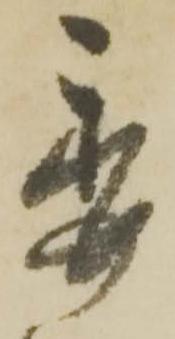
委